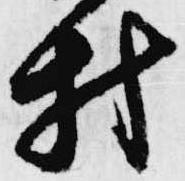
村